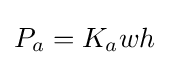
P_{a}=K_{a}wh